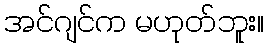
အင်ဂျင်က မဟုတ်ဘူး။